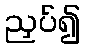
ညှပ်၍